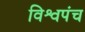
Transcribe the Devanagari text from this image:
विश्वपंच